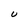
Character: U